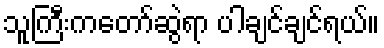
သူကြီးကတော်ဆွဲရာ ပါချင်ချင်ရယ်။